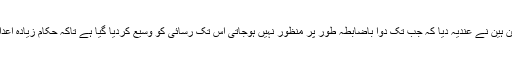
ایف ڈی اے کمشنر اسٹیفن ہین نے عندیہ دیا کہ جب تک دوا باضابطہ طور پر منظور نہیں ہوجاتی اس تک رسائی کو وسیع کردیا گیا ہے تاکہ حکام زیادہ اعداد و شمار جمع کرسکیں۔